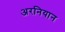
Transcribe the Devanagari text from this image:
अरनियान